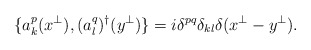
\begin{align*}\{a^p_k(x^\perp),(a^q_l)^\dagger(y^\perp)\}=i\delta^{pq}\delta_{kl} \delta(x^\perp-y^\perp).\end{align*}